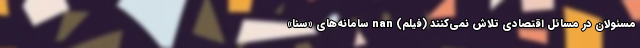
مسئولان در مسائل اقتصادی تلاش نمی‌کنند (فیلم) nan سامانه‌های «سنا»